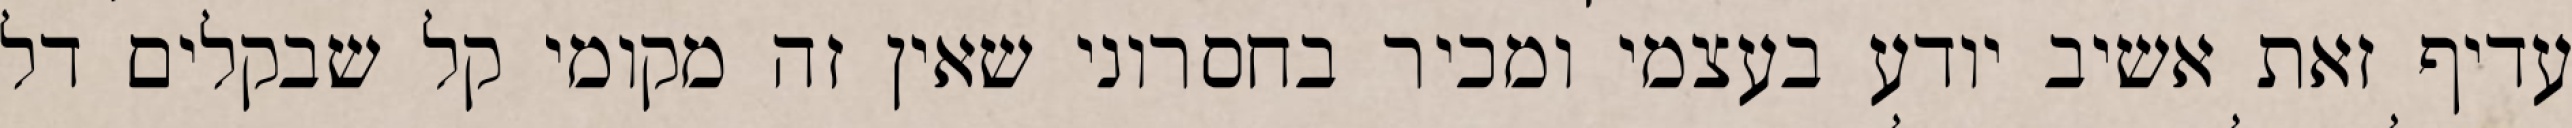
עדיף זאת אשיב יודע בעצמי ומכיר בחסרוני שאין זה מקומי קל שבקלים דל